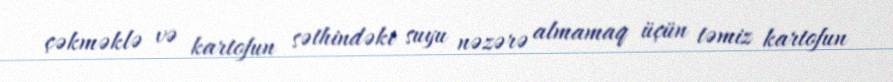
çəkməklə və kartofun səthindəki suyu nəzərə almamaq üçün təmiz kartofun